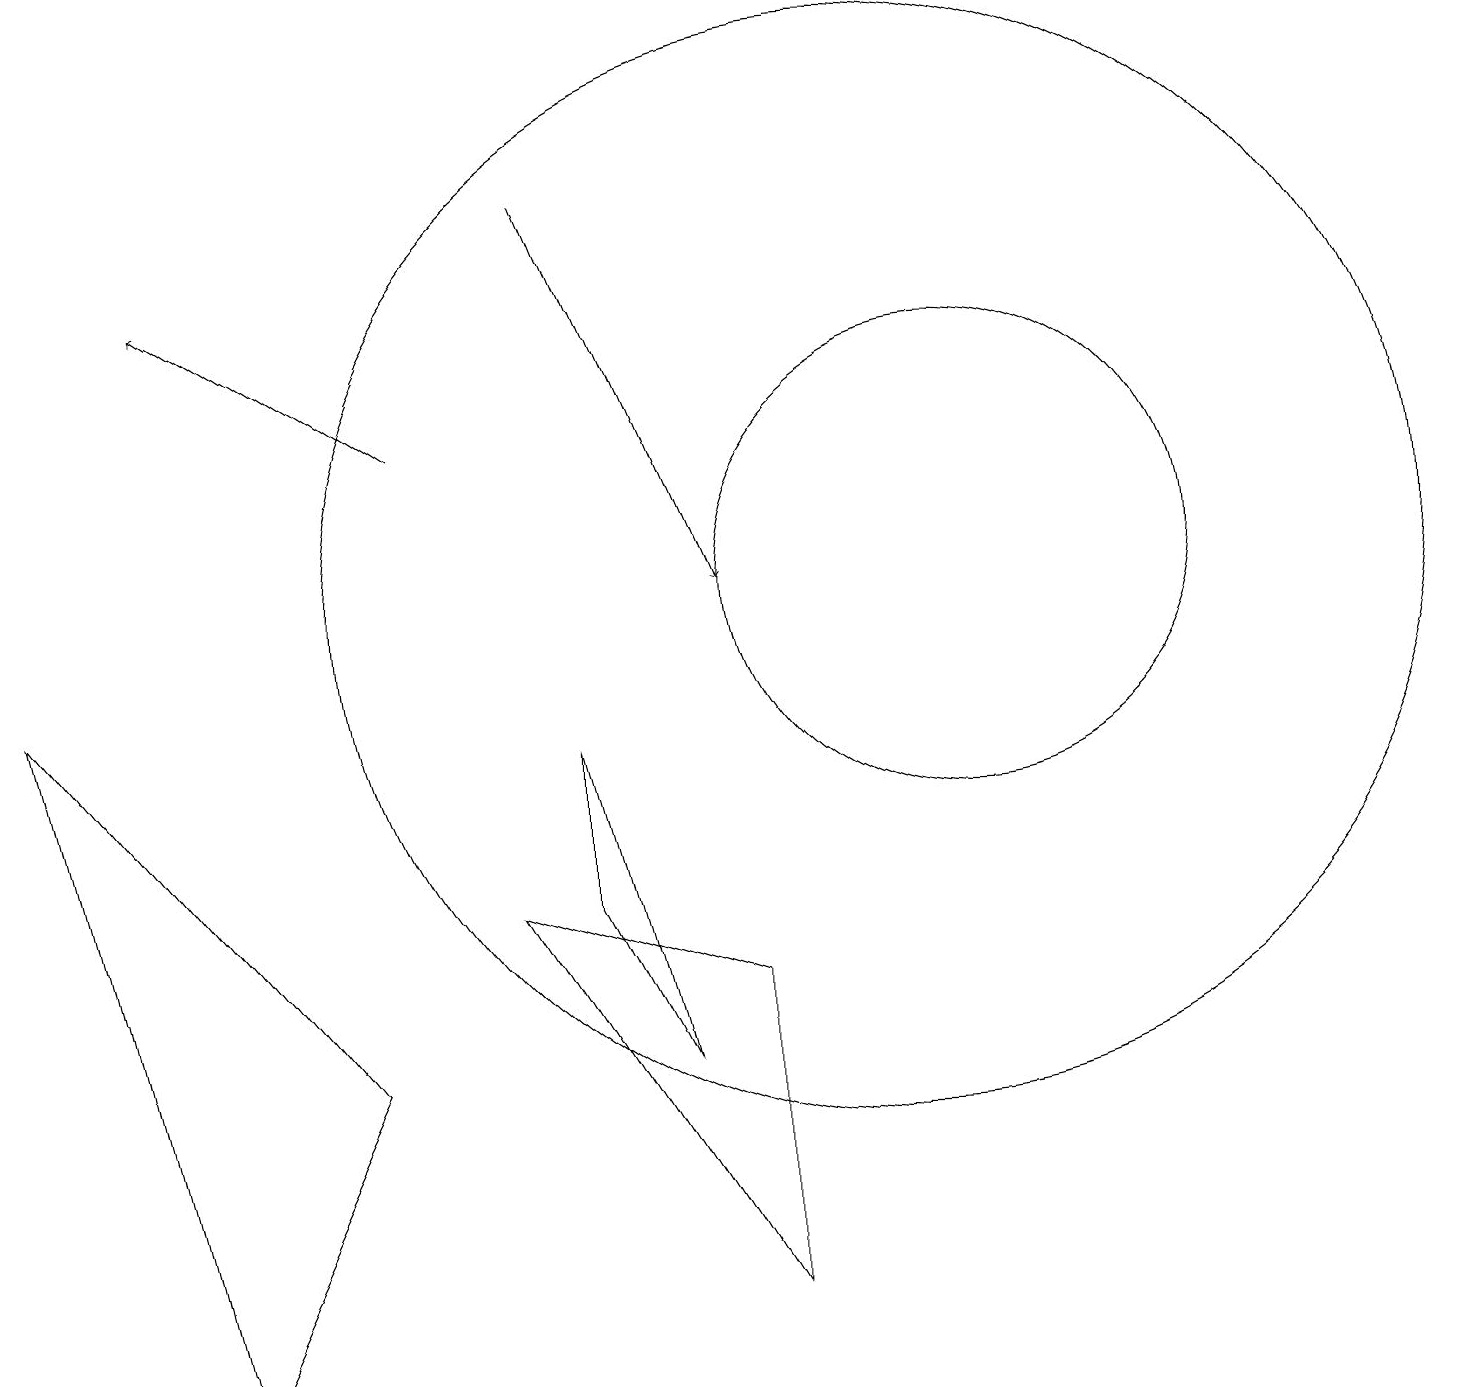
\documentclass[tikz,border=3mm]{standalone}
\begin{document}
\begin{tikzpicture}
\draw (7,8) -- (8,4) -- (7,6) -- cycle;
\draw (11,10) circle (7);
\draw (4,4) -- (0,9) -- (2,0) -- cycle;
\draw (6,6) -- (9,1) -- (9,5) -- cycle;
\draw[->] (5,12) -- (2,14);
\draw[->] (7,15) -- (9,10);
\draw (12,10) circle (3);
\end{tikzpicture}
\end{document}